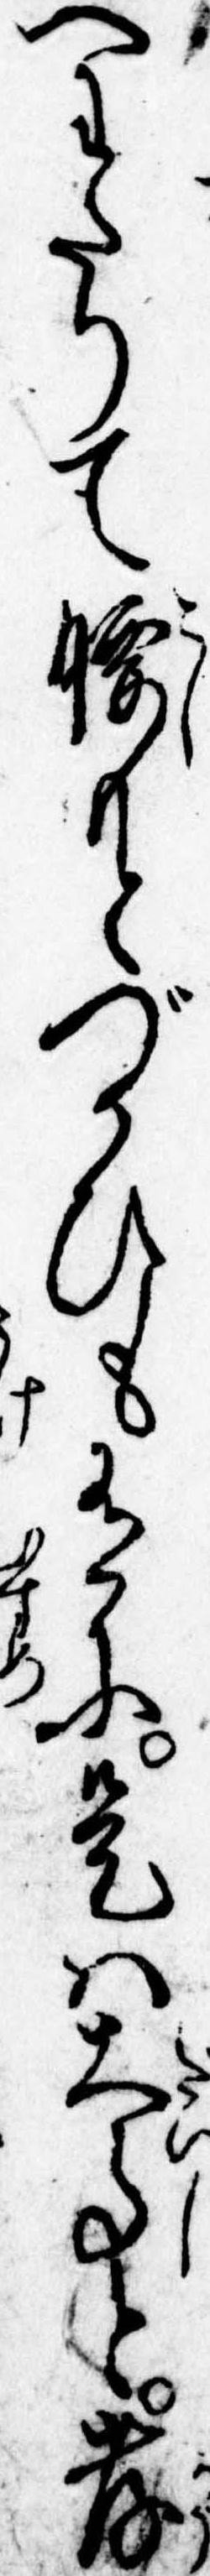
へわたりて腰もとづかひも有に是は大事と孝